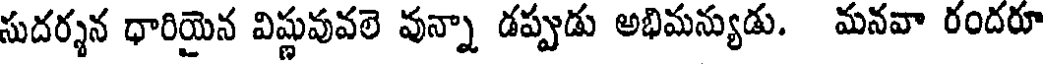
సుదర్శన ధారియైన విష్ణువువలె వున్నా డప్పుడు అభిమన్యుడు. మనవా రందరూ